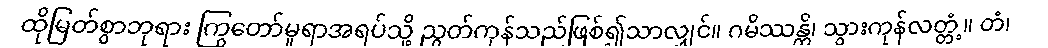
ထိုမြတ်စွာဘုရား ကြွတော်မူရာအရပ်သို့ ညွတ်ကုန်သည်ဖြစ်၍သာလျှင်။ ဂမိဿန္တိ၊ သွားကုန်လတ္တံ့။ တံ၊